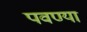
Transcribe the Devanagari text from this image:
पवण्या